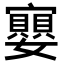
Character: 𭒲